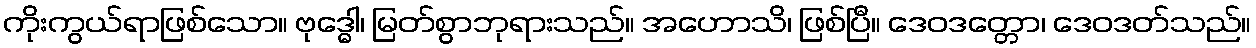
ကိုးကွယ်ရာဖြစ်သော။ ဗုဒ္ဓေါ၊ မြတ်စွာဘုရားသည်။ အဟောသိ၊ ဖြစ်ပြီ။ ဒေဝဒတ္တော၊ ဒေဝဒတ်သည်။